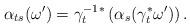
LaTeX: \begin{align*}\alpha_{ts}(\omega')=\gamma_t^{-1}{}^*\left(\alpha_s(\gamma_t^*\omega')\right).\end{align*}